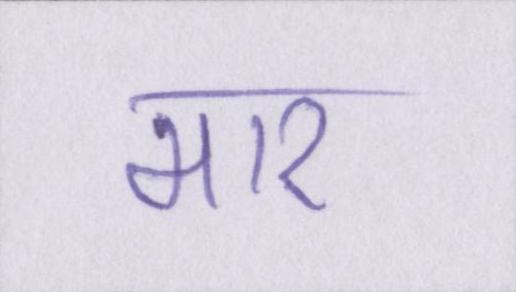
मार